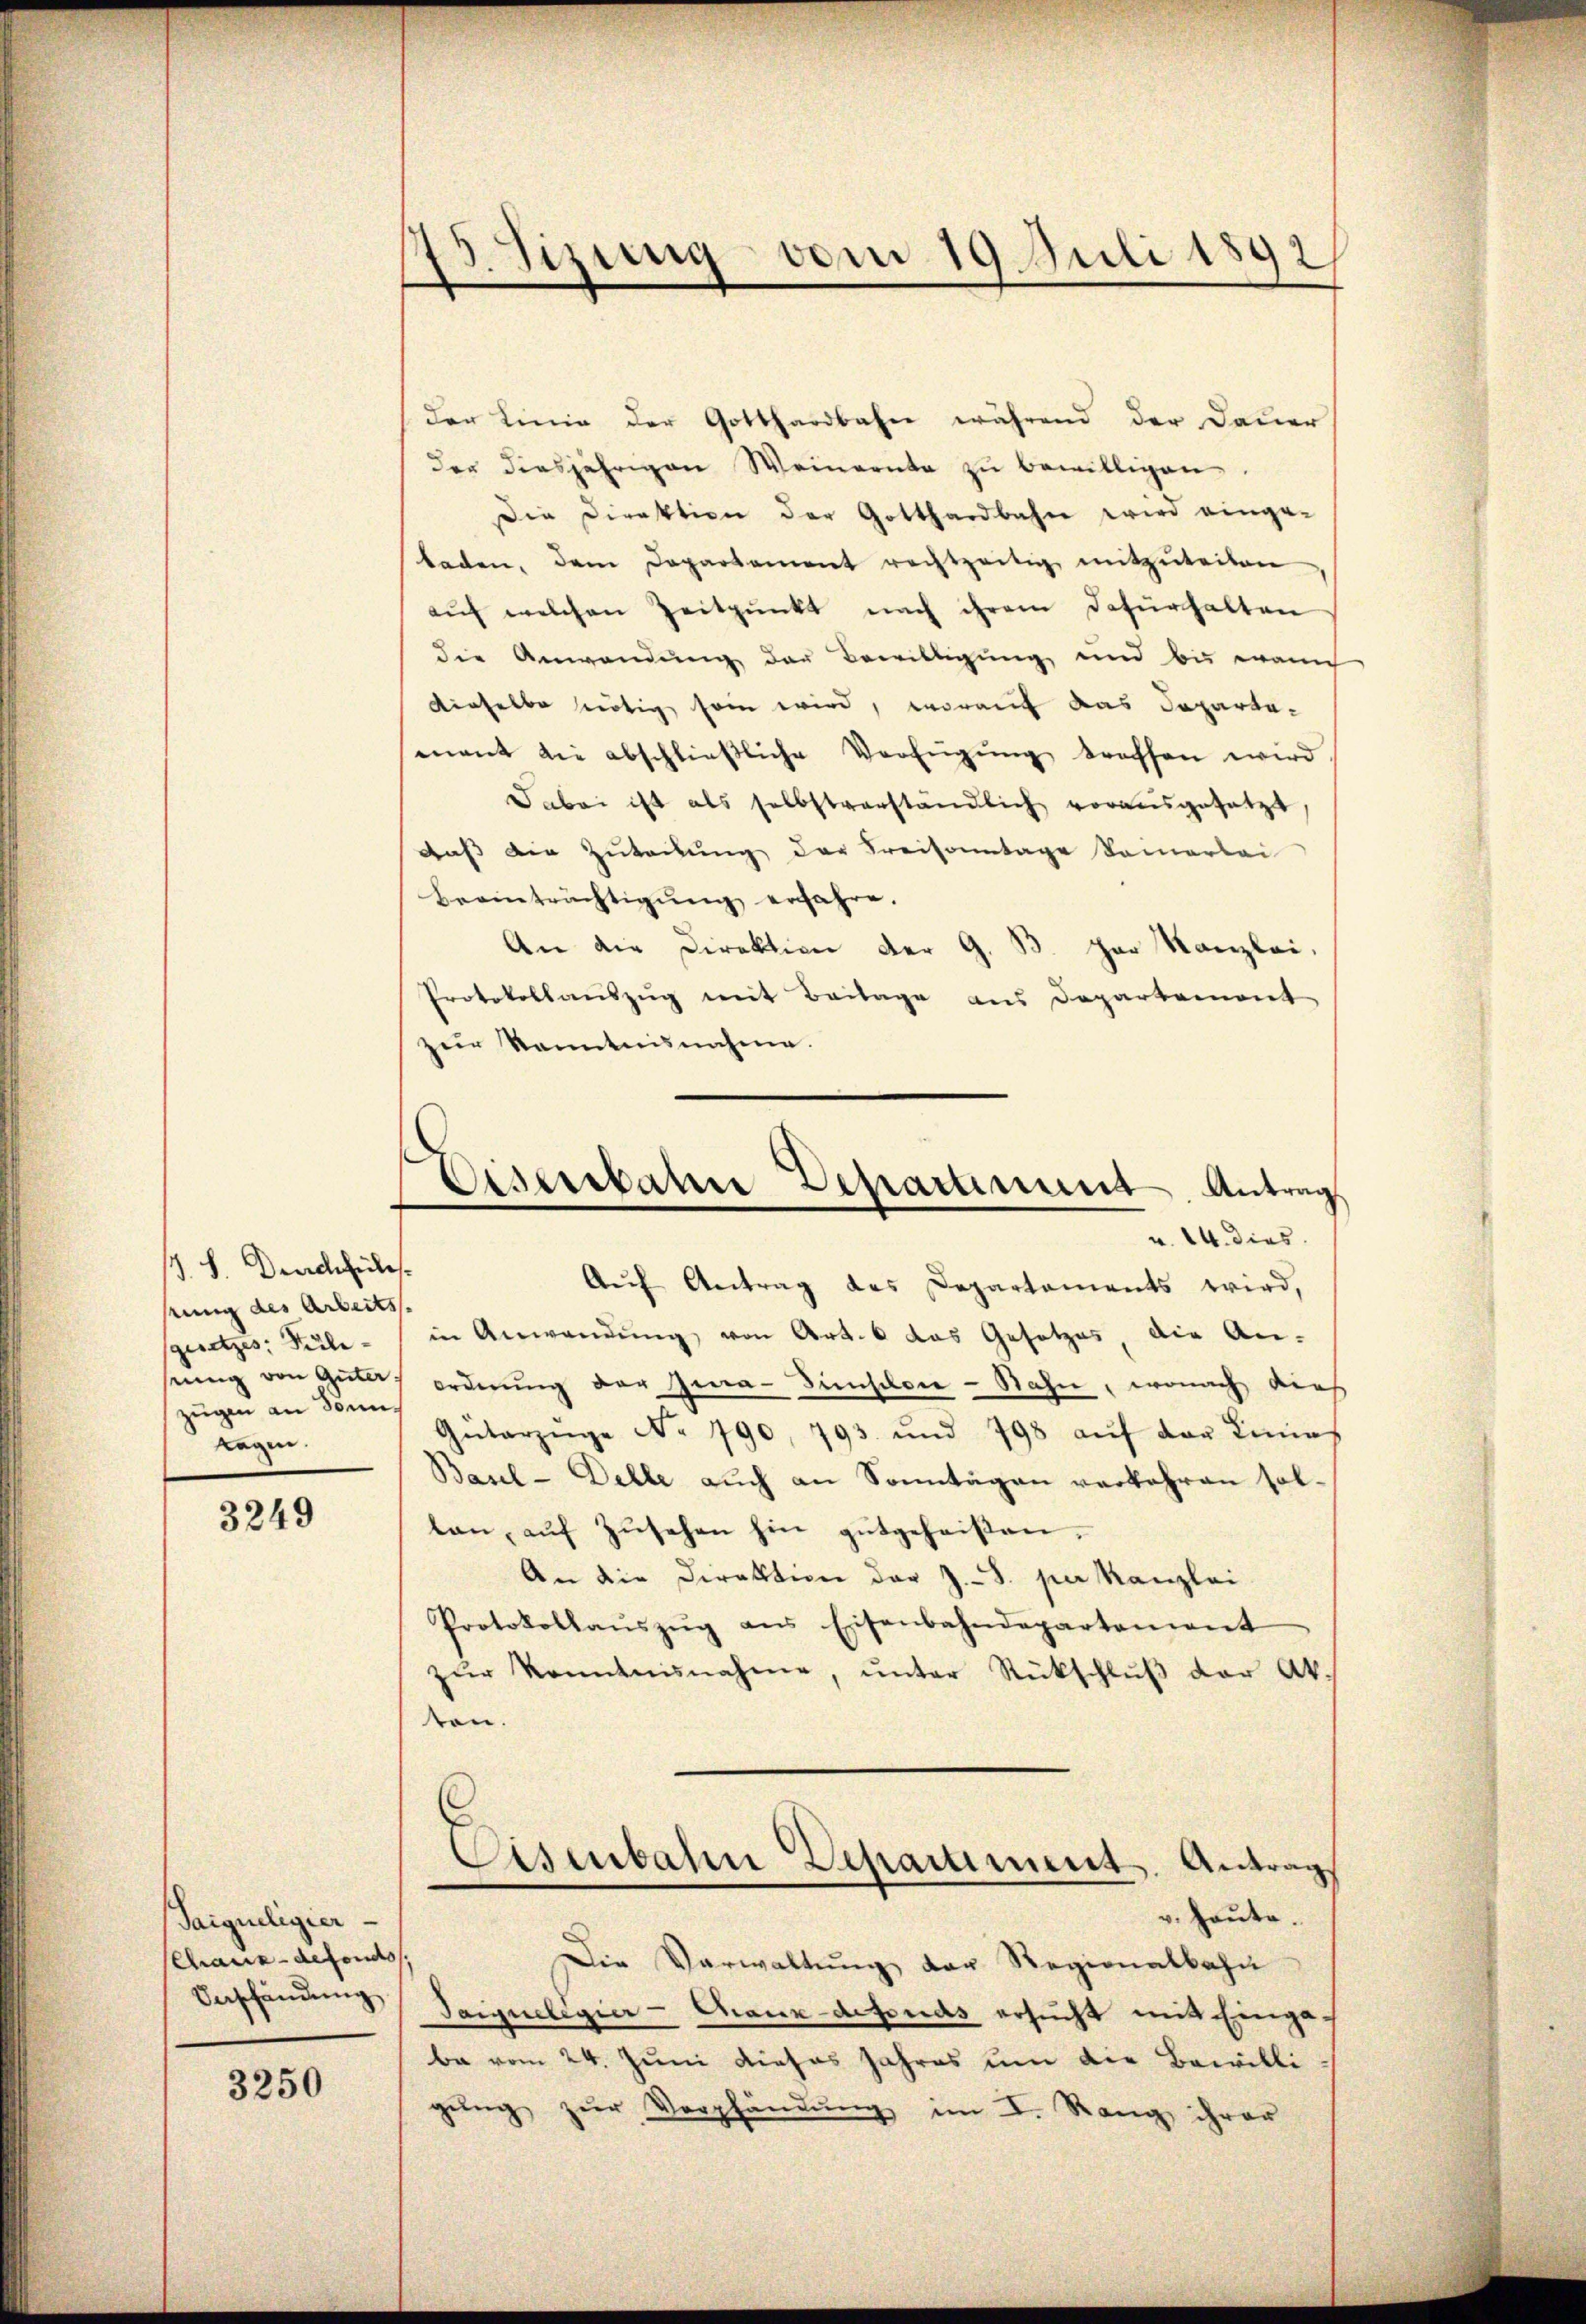
.S. Durchfiles.
eung des Arbeits
sgesetzes: Pule-
sung von Güter.
zügen an Sonn
tagen.

3249

Saiqueligier
Chaux-defonds
Verschändung

3250

3.Sizung vom 19. Juli 1892

der Linie der Gotthardbahn während der Dauer
der diesjährigen Weinernte zŭ bewilligen.
Die Direktion der Gotthardbahn wird einge-
baden, dem Departement rechtzeitig mitzŭteilen
aŭf welchen Zeitpunkt nach ihrem dafürhalten
die Anwendung der Bewilligung und bis wann
dieselbe nötig sein wird, worauf das Departemant die abschlieβliche Verfügŭng treffen wird
Dabei ist als selbstverständlich vorausgesetzt
Auß die Zuteilung der Kreisamtage Sommerlei
Beeinträchtigŭng erfahre.
An die Direktion der G. B. her Kanzlei
Protokollaŭszŭg mit Beilage aus Departemont
zur Kenntnisnahme.
Eisenbahre Departement Antrag
v. 14. dies
Aŭf Antrag des Departaments wird,
in Anwendŭng von Art. 6 das Gesetzes, die An-
ordnung der Iwa-Dienfelsie-Nahn, wonach dies
Gatarzŭge No 790, 793 und 798 aŭf der Linie
Basel-Delle auch an Sonntagen verkehren sol-
len, auf zusehen hin gutgeheißen,
An die Direktion der J.-S. per Kanzlei
Protokollaŭszŭg ans Eisenbahndepartement
zŭr Kenntnisnahme, ŭnter Rückschlŭβ der Ak.
son.

Eisenbahn Departiment. Antrag
v. heute.

Die Verwaltŭng der Regionalbahn
Saignelegier - Maur-defonds ersucht mit einge-
ba vom 24. Juni dieses Jahres um die Bewilli
gŭng zŭr Verpfändung im I. Rang ihrer